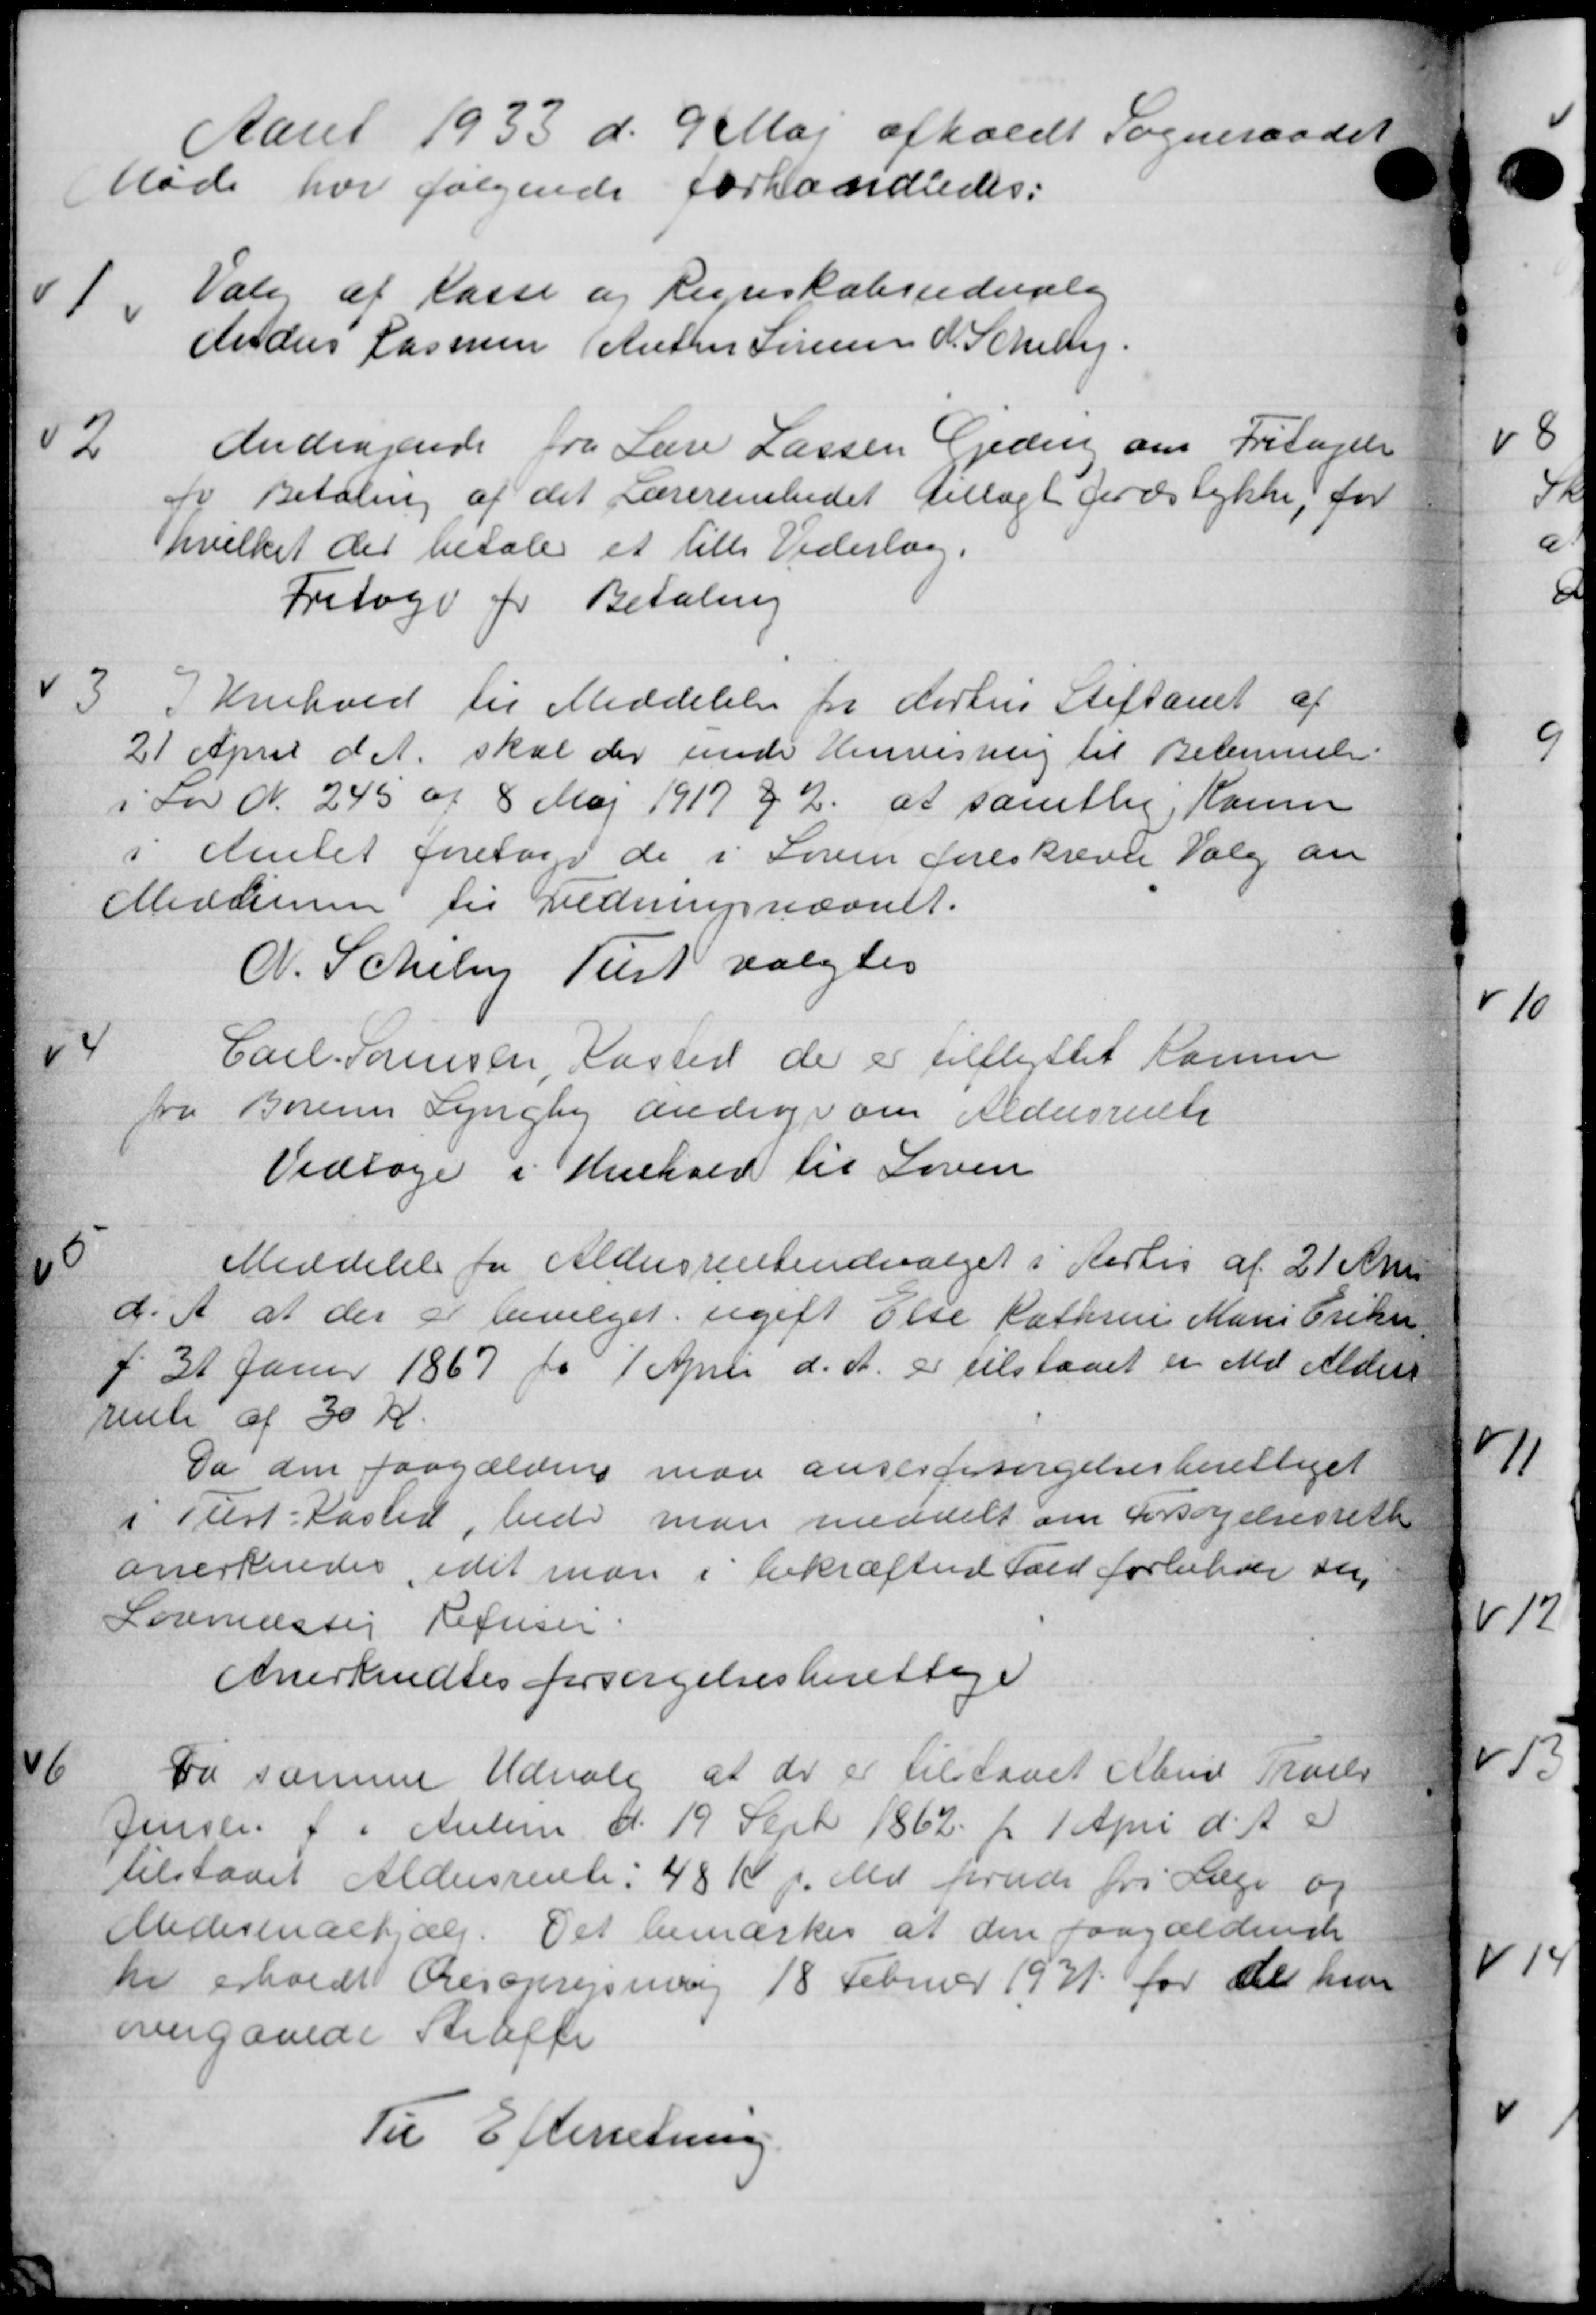
Transskription:
Aaret 1933 d. 9 Maj afholdt Sogneraadet
Møde hvil følgende forhandledes:
11
Valg af Kasse og Regnskabsudvanling
02
Anders Lassen (Anton Sørensen P. Schel
Andragende fra Lære Lassen Geden om Fritagelse
fi Betaling af det Lærerembedet dellagt Jordstykke, for
hvilket der betale et lille Vederlag.
Fritage for Betaling
3
I Henhold til Meddelelse for Aarhus Stiftamt af
21 April d. A. skal der under Henvisning til Betemmelse
i Lov N. 245 af 8 Maj 1917 § 2 at samtlig, Kamme
i Amtet foretage de i Søren Foreskreven Valg an
Medlemmer til Ledningsnævnet.
N. Schele Tust valgtes
44
Carl Sørensen, Kassere de er tilflyttet Kommu
fra Borum Lyngby andrager om Aldersrente
Vedtage i Henhold til Loven

Meddelelse for Aldersrenteudvalget i Aarlis af 21 Apr
d. A. at der at bevilget ugift Else Kathsen Marie Eriksen
+ 31 Janur 1867 for 1 April d. A. er tilstaaet er Md Alders
rente af 30 Kr.
Da den paagældene man ansesforsørgelsesberettiget
i Plest-Kasted, bede man meddelt om Forsøgelsesrette
anerkendes, idet man i bekræften fald forbende der
Lovmæssig Refusei
Anerkendtes forsørgelsesberettige

Vi samme Udvalg at der er tilstaaet Albud Truels
Jensen f i Anlem d. 19 Sept 1862 fr 1 April d. A. S.
tilstaaet Aldersrente. 48 K f. Md. forude fra Læge og
Medicinalhjælp. Det bemærkes at den paagældende
Dr erholdt Æresoprejsning 18 Februar 1931 for der hun
overgaaede Straffe
Til Efterretning.